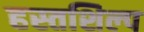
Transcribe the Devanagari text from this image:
हस्तशिल्‍प